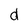
Character: d